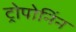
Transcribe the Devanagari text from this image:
ट्रोपोनिंन